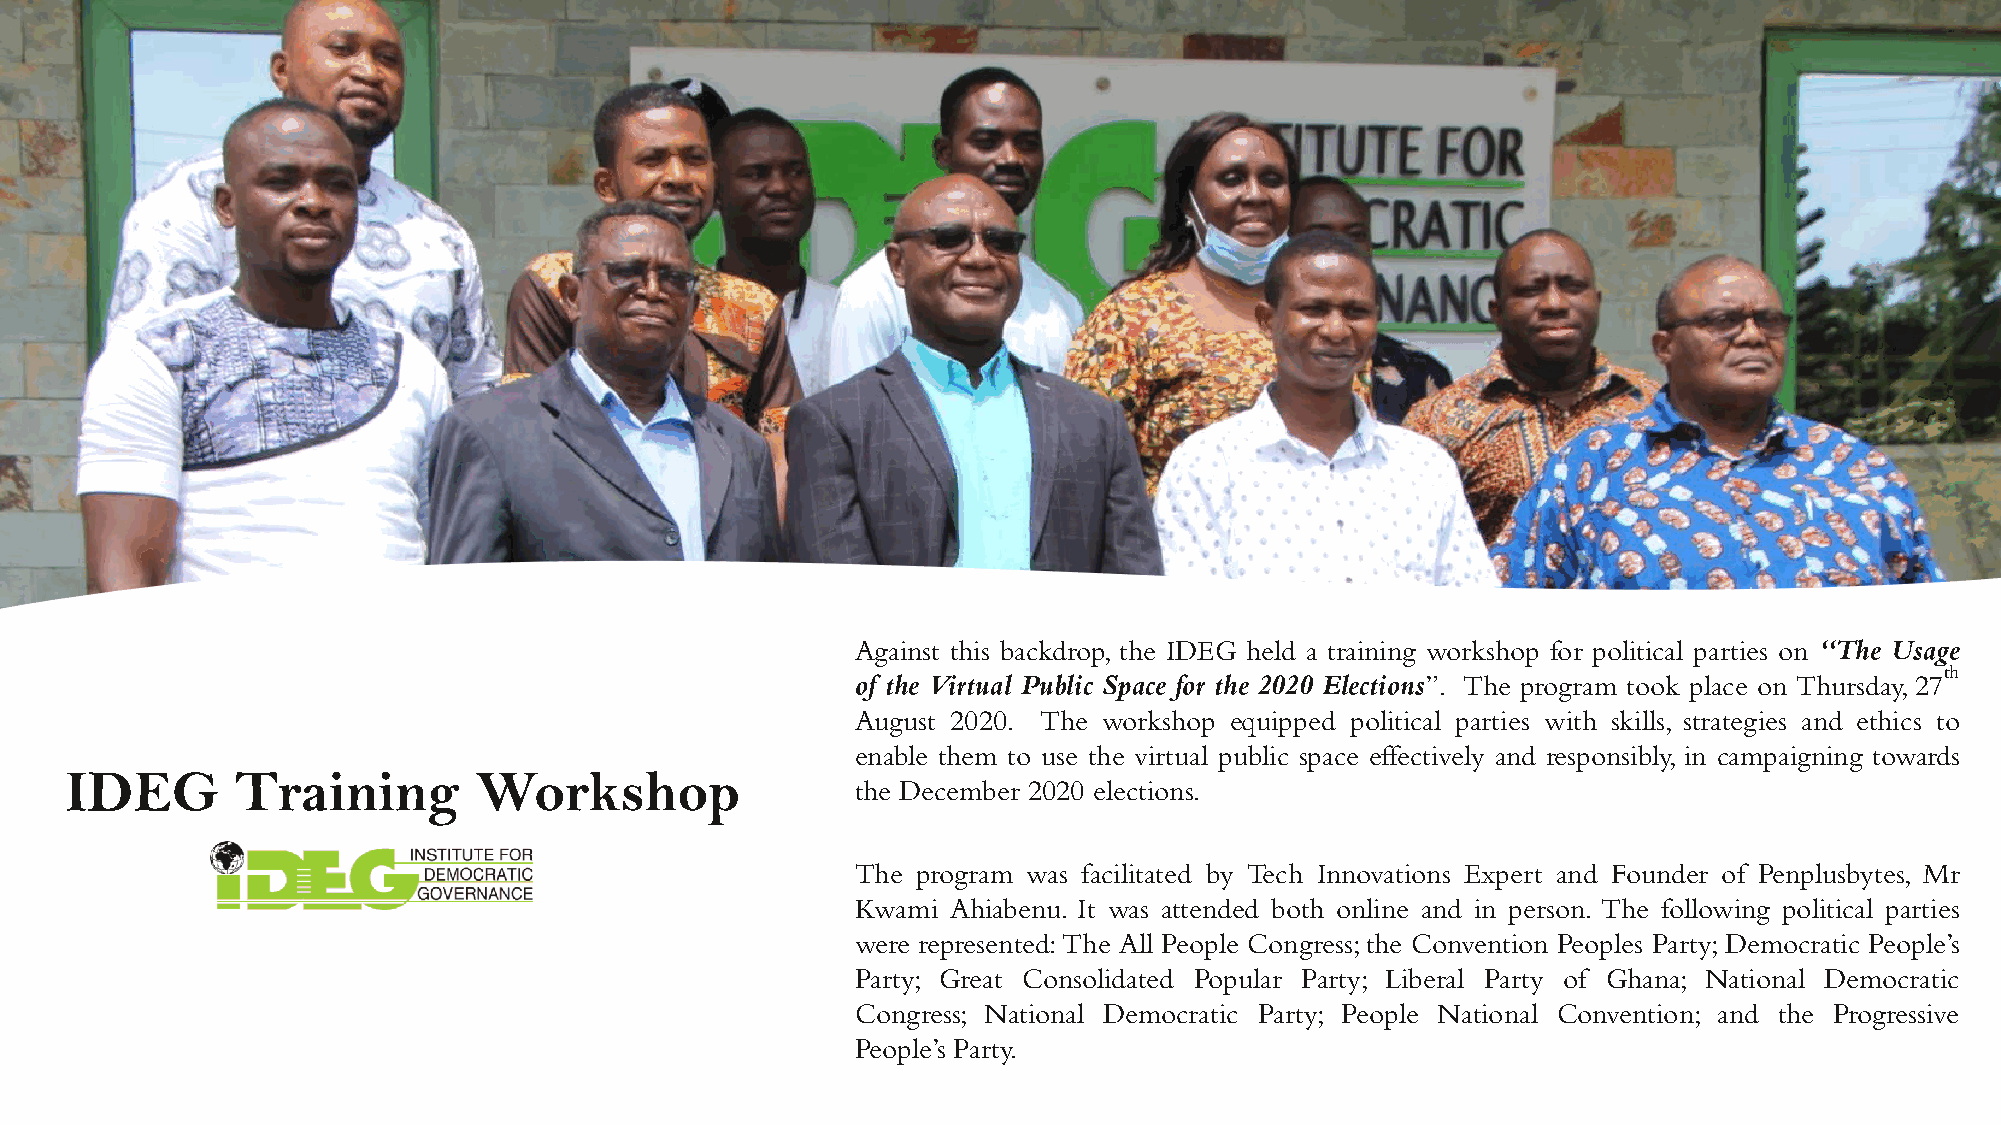
Against this backdrop, the IDEG held a training workshop for political parties on “The Usage
 th
 of the Virtual Public Space for the 2020 Elections”. The program took place on Thursday, 27
 August 2020. The workshop equipped political parties with skills, strategies and ethics to
 enable them to use the virtual public space effectively and responsibly, in campaigning towards
 IDEG        Training       Workshop
 the December 2020 elections.
 The program was facilitated by Tech Innovations Expert and Founder of Penplusbytes, Mr
 Kwami Ahiabenu. It was attended both online and in person. The following political parties
 were represented:The All People Congress;the Convention Peoples Party;Democratic People’s
 Party; Great Consolidated Popular Party; Liberal Party of Ghana; National Democratic
 Congress; National Democratic Party; People National Convention; and the Progressive
 People’s Party.